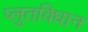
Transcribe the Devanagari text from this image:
प्लुतविधान